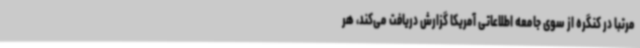
مرتبا در کنگره از سوی جامعه اطلاعاتی آمریکا گزارش دریافت می‌کند، هر